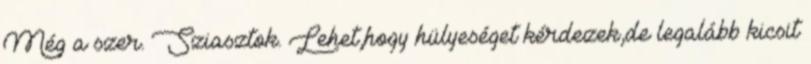
Még a szer. Sziasztok. Lehet,hogy hülyeséget kérdezek,de legalább kicsit